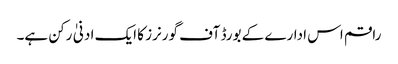
راقم اس ادارے کے بورڈ آف گورنرز کا ایک ادنیٰ رکن ہے۔